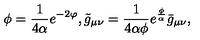
\phi = \frac { 1 } { 4 \alpha } e ^ { - 2 \varphi } , \tilde { g } _ { \mu \nu } = \frac { 1 } { 4 \alpha \phi } e ^ { \frac { \phi } { \alpha } } \bar { g } _ { \mu \nu } ,